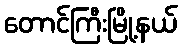
တောင်ကြီးမြို့နယ်